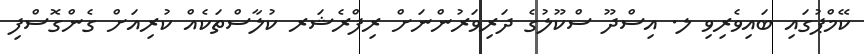
ކޭމްޕުގައި ބައިވެރިވި ލ. އިސްދޫ ސްކޫލުގެ ދަރިވަރުންނަށް ރިފްރެޝަރ ކުލާސްތަކެއް ކުރިއަށް ގެންގޮސްފި